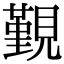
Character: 覲